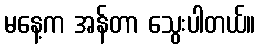
မနေ့က အန်တာ သွေးပါတယ်။